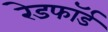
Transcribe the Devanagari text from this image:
रेडफाॅर्ड